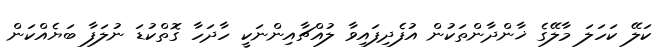
ކަލޭ ކަހަލަ މާލޭގެ ޚާންދާންތަކުން އުފެދިފައިވާ ލުއްޗާއިންނަކީ ހާދަހާ ގޮތްކުޑަ ނުލަފާ ބަޔެއްކަން